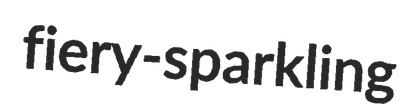
fiery-sparkling